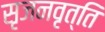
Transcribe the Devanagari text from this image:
सृजनवृत्ति